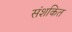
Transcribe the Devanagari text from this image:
संशकित